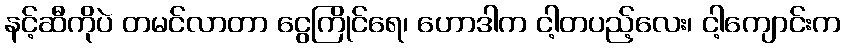
နင့်ဆီကိုပဲ တမင်လာတာ ငွေကြိုင်ရေ၊ ဟောဒါက ငါ့တပည့်လေး၊ ငါ့ကျောင်းက